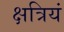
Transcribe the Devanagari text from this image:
क्षत्रियं